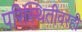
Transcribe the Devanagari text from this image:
परिस्थितीवरही